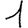
Digit: 1